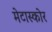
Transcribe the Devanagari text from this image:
मेटास्कोर